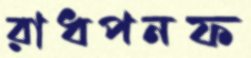
রাধপনফ